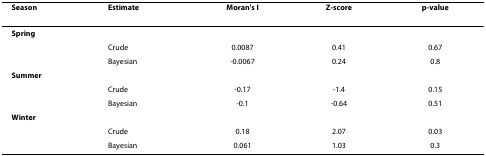
<table><thead><tr><td><b>Season</b></td><td><b>Estimate</b></td><td><b>Moran&#x27;s I</b></td><td><b>Z-score</b></td><td><b>p-value</b></td></tr></thead><tbody><tr><td><b>Spring</b></td><td></td><td></td><td></td><td></td></tr><tr><td></td><td>Crude</td><td>0.0087</td><td>0.41</td><td>0.67</td></tr><tr><td></td><td>Bayesian</td><td>-0.0067</td><td>0.24</td><td>0.8</td></tr><tr><td><b>Summer</b></td><td></td><td></td><td></td><td></td></tr><tr><td></td><td>Crude</td><td>-0.17</td><td>-1.4</td><td>0.15</td></tr><tr><td></td><td>Bayesian</td><td>-0.1</td><td>-0.64</td><td>0.51</td></tr><tr><td><b>Winter</b></td><td></td><td></td><td></td><td></td></tr><tr><td></td><td>Crude</td><td>0.18</td><td>2.07</td><td>0.03</td></tr><tr><td></td><td>Bayesian</td><td>0.061</td><td>1.03</td><td>0.3</td></tr></tbody></table>